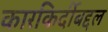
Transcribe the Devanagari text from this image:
कारकिर्दीबद्दल